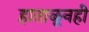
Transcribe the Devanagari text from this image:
हाताळूनही